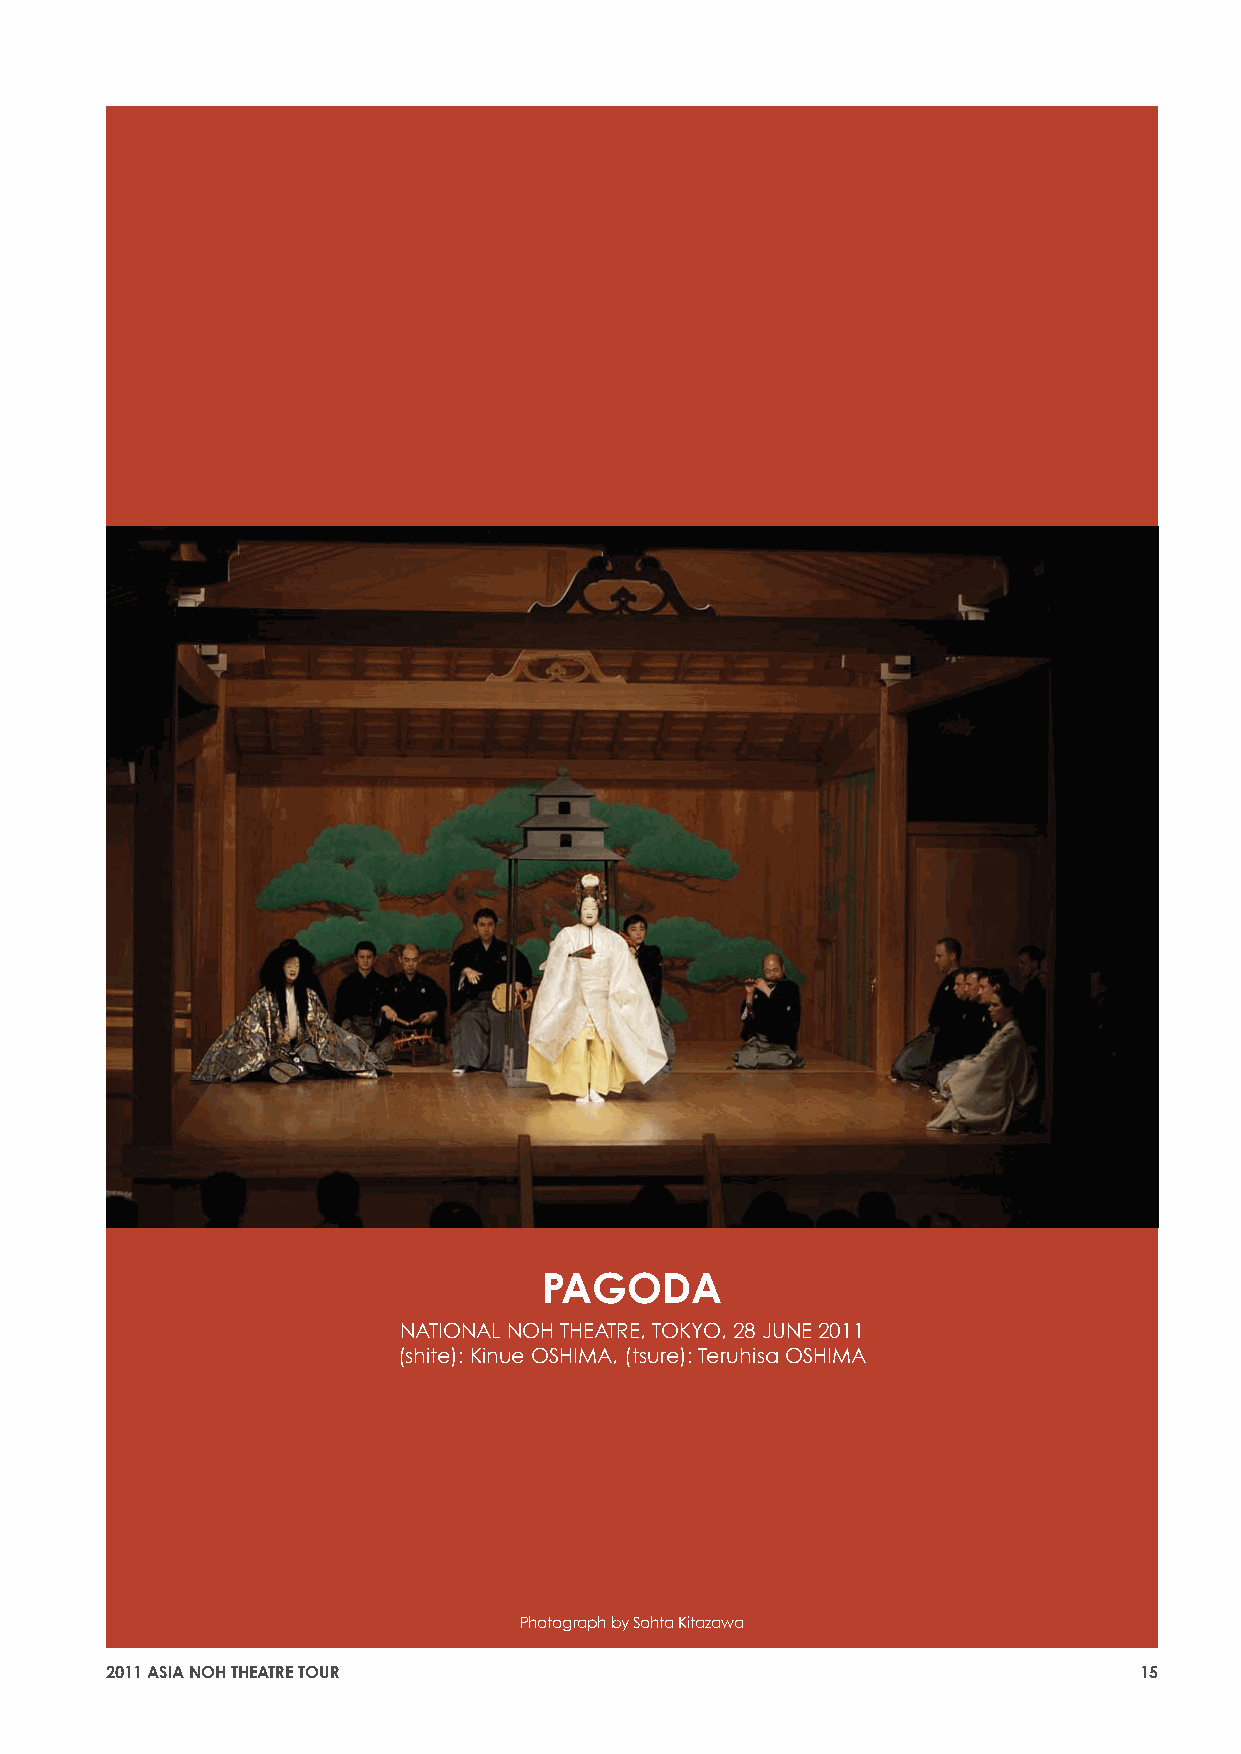
PAGODA
 NATIONAL NOH THEATRE, TOKYO, 28 JUNE 2011
 (shite): Kinue OSHIMA, (tsure): Teruhisa OSHIMA
 Photograph by Sohta Kitazawa
 2011 ASIA NOH THEATRE TOUR                                          15